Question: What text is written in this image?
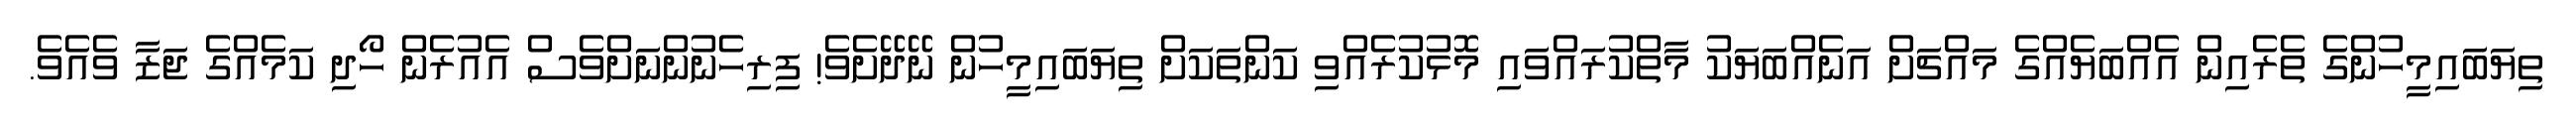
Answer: ތިޔަބައިމީހުންގެ ތެރެއިން އެއްބަޔެއްގެ މައްޗަށް އަނެއްބަޔަކު މާތްކުރައްވައި މޮޅުކުރެއްވި ކަންތަކަށް ތިޔަބައިމީހުން ނޭދޭށެވެ! ފިރިހެނުންނަށްވެސް އެއުރެން ހޯދި ކަމެއްގެ ޖަޒާ ވެއެވެ.